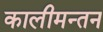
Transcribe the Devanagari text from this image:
कालीमन्तन